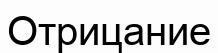
Отрицание